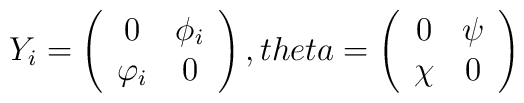
Y_i=\left(\begin{array}{cc}0 & \phi_i \\ \varphi_i & 0 \end{array}\right), \ \\theta=\left(\begin{array}{cc}0 & \psi \\ \chi & 0 \end{array}\right)